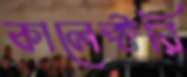
কালেক্টরি